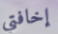
إخافتي